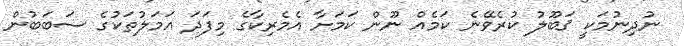
ނުދިނުމަކީ ޤަބޫލު ކުރެވޭނެ ކަމެއް ނޫން ކަމަށާ އެމެރިކާގެ މިފަދަ އަމަލުތަކުގެ ސަބަބުން